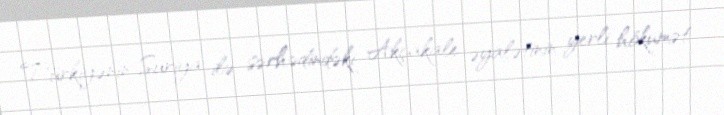
Türkiyənin Suriya ilə sərhədindəki Akçakale əyalətinin yerli hökumət